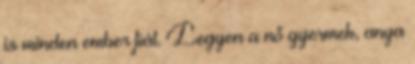
is minden ember fiát. Legyen a nő gyermek, anya